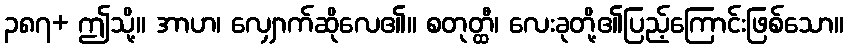
၃၈၇+ ဤသို့။ အာဟ၊ လျှောက်ဆိုလေ၏။ စတုတ္ထီ၊ လေးခုတို့၏ပြည့်ကြောင်းဖြစ်သော။